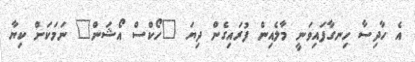
އެ ހާދިސާ ހިނގާފައިވަނީ މާލެއިން ފުރައިގެން ދިޔަ "ހޯކްސް އޯޝަން" ނަމަކަށް ކިޔާ